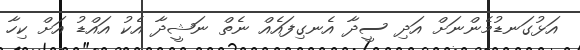
އަޅުގަނޑުމެންނަށް އަދި ސީދާ އެނގިފައެއް ނެތް ނަޝީދާ އެކު އައްޑު އަށް ކިހާ